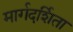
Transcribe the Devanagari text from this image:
मार्गदर्शिता